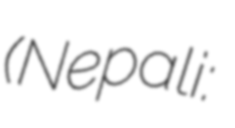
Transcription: (Nepali: चन्द्रबहादुर